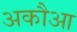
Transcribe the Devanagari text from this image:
अकौआ